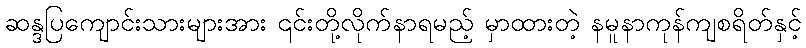
ဆန္ဒပြကျောင်းသားများအား ၎င်းတို့လိုက်နာရမည့် မှာထားတဲ့ နမူနာကုန်ကျစရိတ်နှင့်